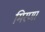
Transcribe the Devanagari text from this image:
मिरणा